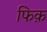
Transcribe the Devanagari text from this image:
फिक़